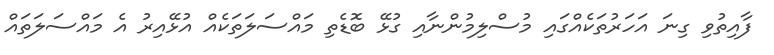
ފާއިތުވި ގިނަ އަހަރުތަކެއްގައި މުސްލިމުންނާއި ގުޅޭ ބޮޑެތި މައްސަލަތަކެއް އުޅޭއިރު އެ މައްސަލަތައް